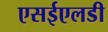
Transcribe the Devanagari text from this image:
एसईएलडी